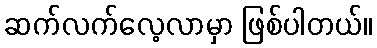
ဆက်လက်လေ့လာမှာ ဖြစ်ပါတယ်။